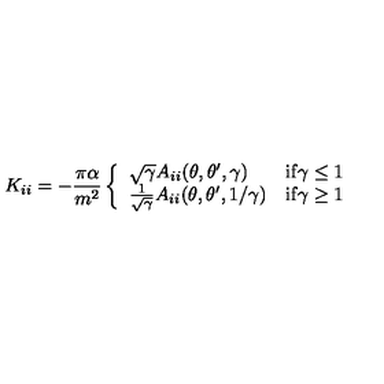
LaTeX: K _ { i i } = - \frac { \pi \alpha } { m ^ { 2 } } \left\{ \begin{array} { l l } { \sqrt { \gamma } A _ { i i } ( \theta , \theta ^ { \prime } , \gamma ) } & { \mathrm { i f \gamma \leq 1 } } \\ { { \frac { 1 } { \sqrt \gamma } } A _ { i i } ( \theta , \theta ^ { \prime } , 1 / \gamma ) } & { \mathrm { i f \gamma \geq 1 } } \\ \end{array} \right.